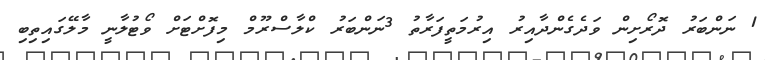
1 ނަންބަރު ދޮރޯށިން ވަދެގެންދާއިރު އިރުމަތީފަރާތު 3ނަންބަރު ކްލާސްރޫމް މިފޮށްޓަށް ވޯޓުލާނީ މާލޭގައިތިބި